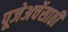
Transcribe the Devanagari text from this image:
पूजेअर्चेसाठी